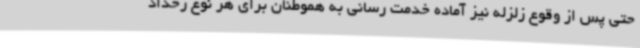
حتی پس از وقوع زلزله نیز آماده خدمت رسانی به هموطنان برای هر نوع رخداد